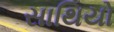
સાથિયો